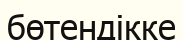
бөтендікке